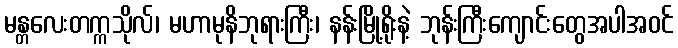
မန္တလေးတက္ကသိုလ်၊ မဟာမုနိဘုရားကြီး၊ နန်းမြို့ရိုးနဲ့ ဘုန်းကြီးကျောင်းတွေအပါအဝင်